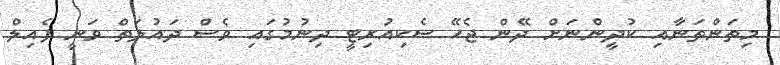
މިތަންތަނާއި ކުދީންނަށް ދޭން ޖެހޭ ސެކިއުރިޓީ ދިނުމުގައި ވެސް ދައުލަތް ވަނީ ފެއިލް